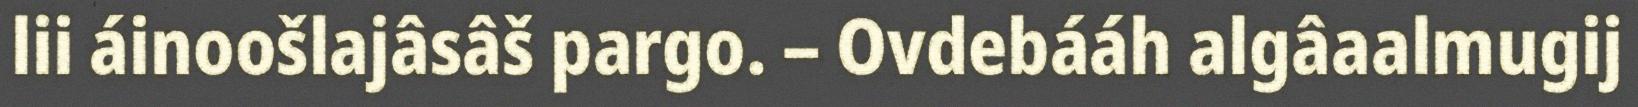
lii áinoošlajâsâš pargo. – Ovdebááh algâaalmugij